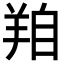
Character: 𦍾